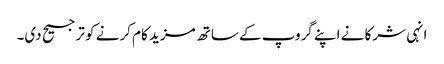
انہی شرکا نے اپنے گروپ کے ساتھ مزید کام کرنے کو ترجیح دی۔